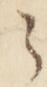
之